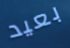
بعيد